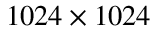
1 0 2 4 \times { 1 0 2 4 }